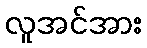
လူအင်အား